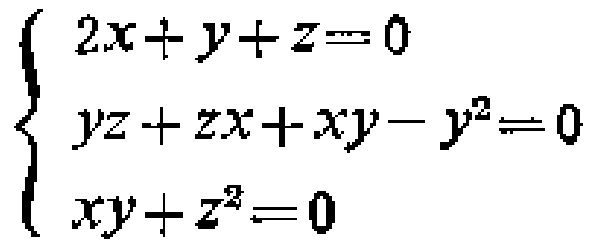
$\left\{\begin{array}{l}2x + y+z = 0\\yz + zx+xy - y^{2}=0\\xy + z^{2}=0\end{array}\right.$